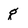
Character: g